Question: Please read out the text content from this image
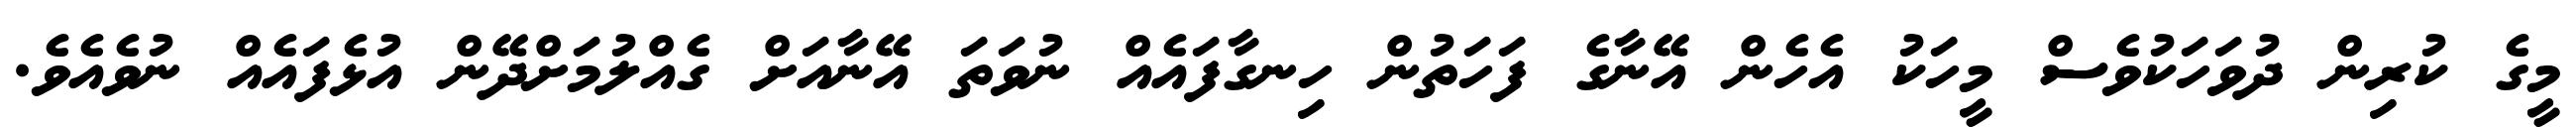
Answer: މީގެ ކުރިން ދުވަހަކުވެސް މީހަކު އެހެން އޭނާގެ ފަހަތުން ހިނގާފައެއް ނުވަތަ އޭނާއަށް ގެއްލުމަށްދޭން އުޅެފައެއް ނުވެއެވެ.